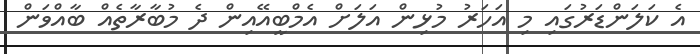
އެ ކަލަންޑަރުގައި މި އަހަރު މުޅިން އަލަށް އެމްބީއޭއިން ދެ މުބާރާތެއް ބާއްވަން